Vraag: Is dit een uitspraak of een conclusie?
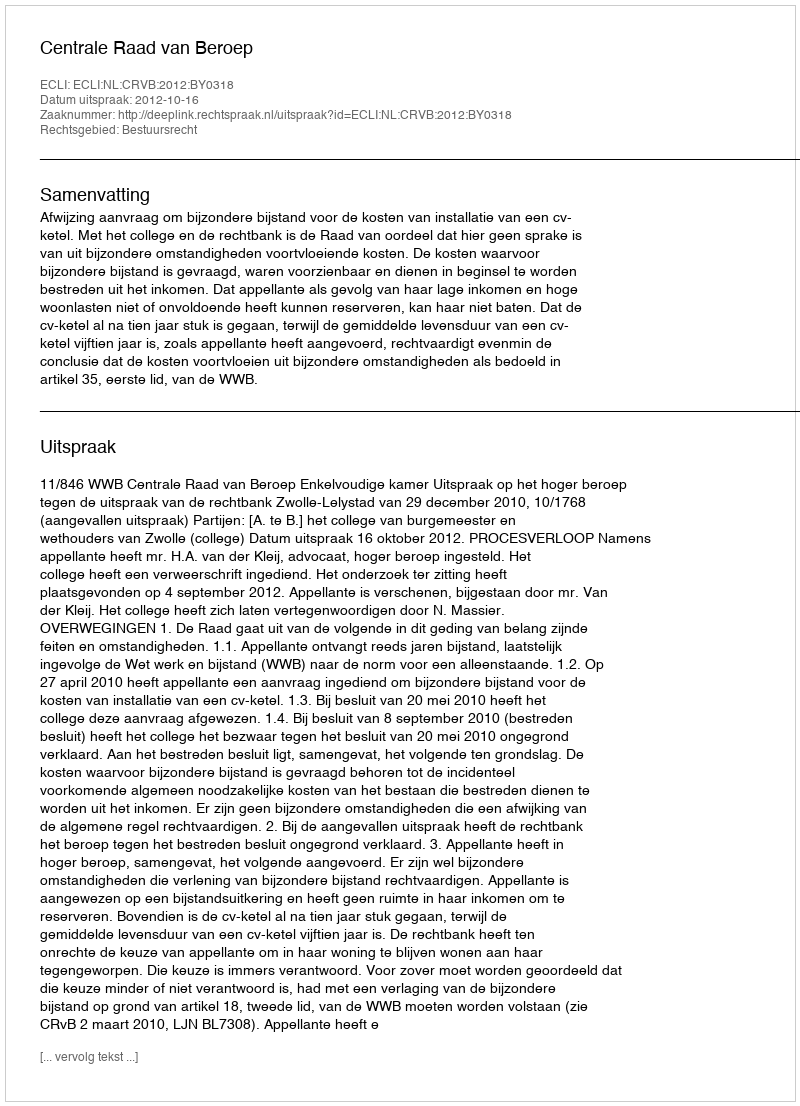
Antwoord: Uitspraak